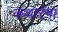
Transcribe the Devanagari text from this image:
कथारेषा